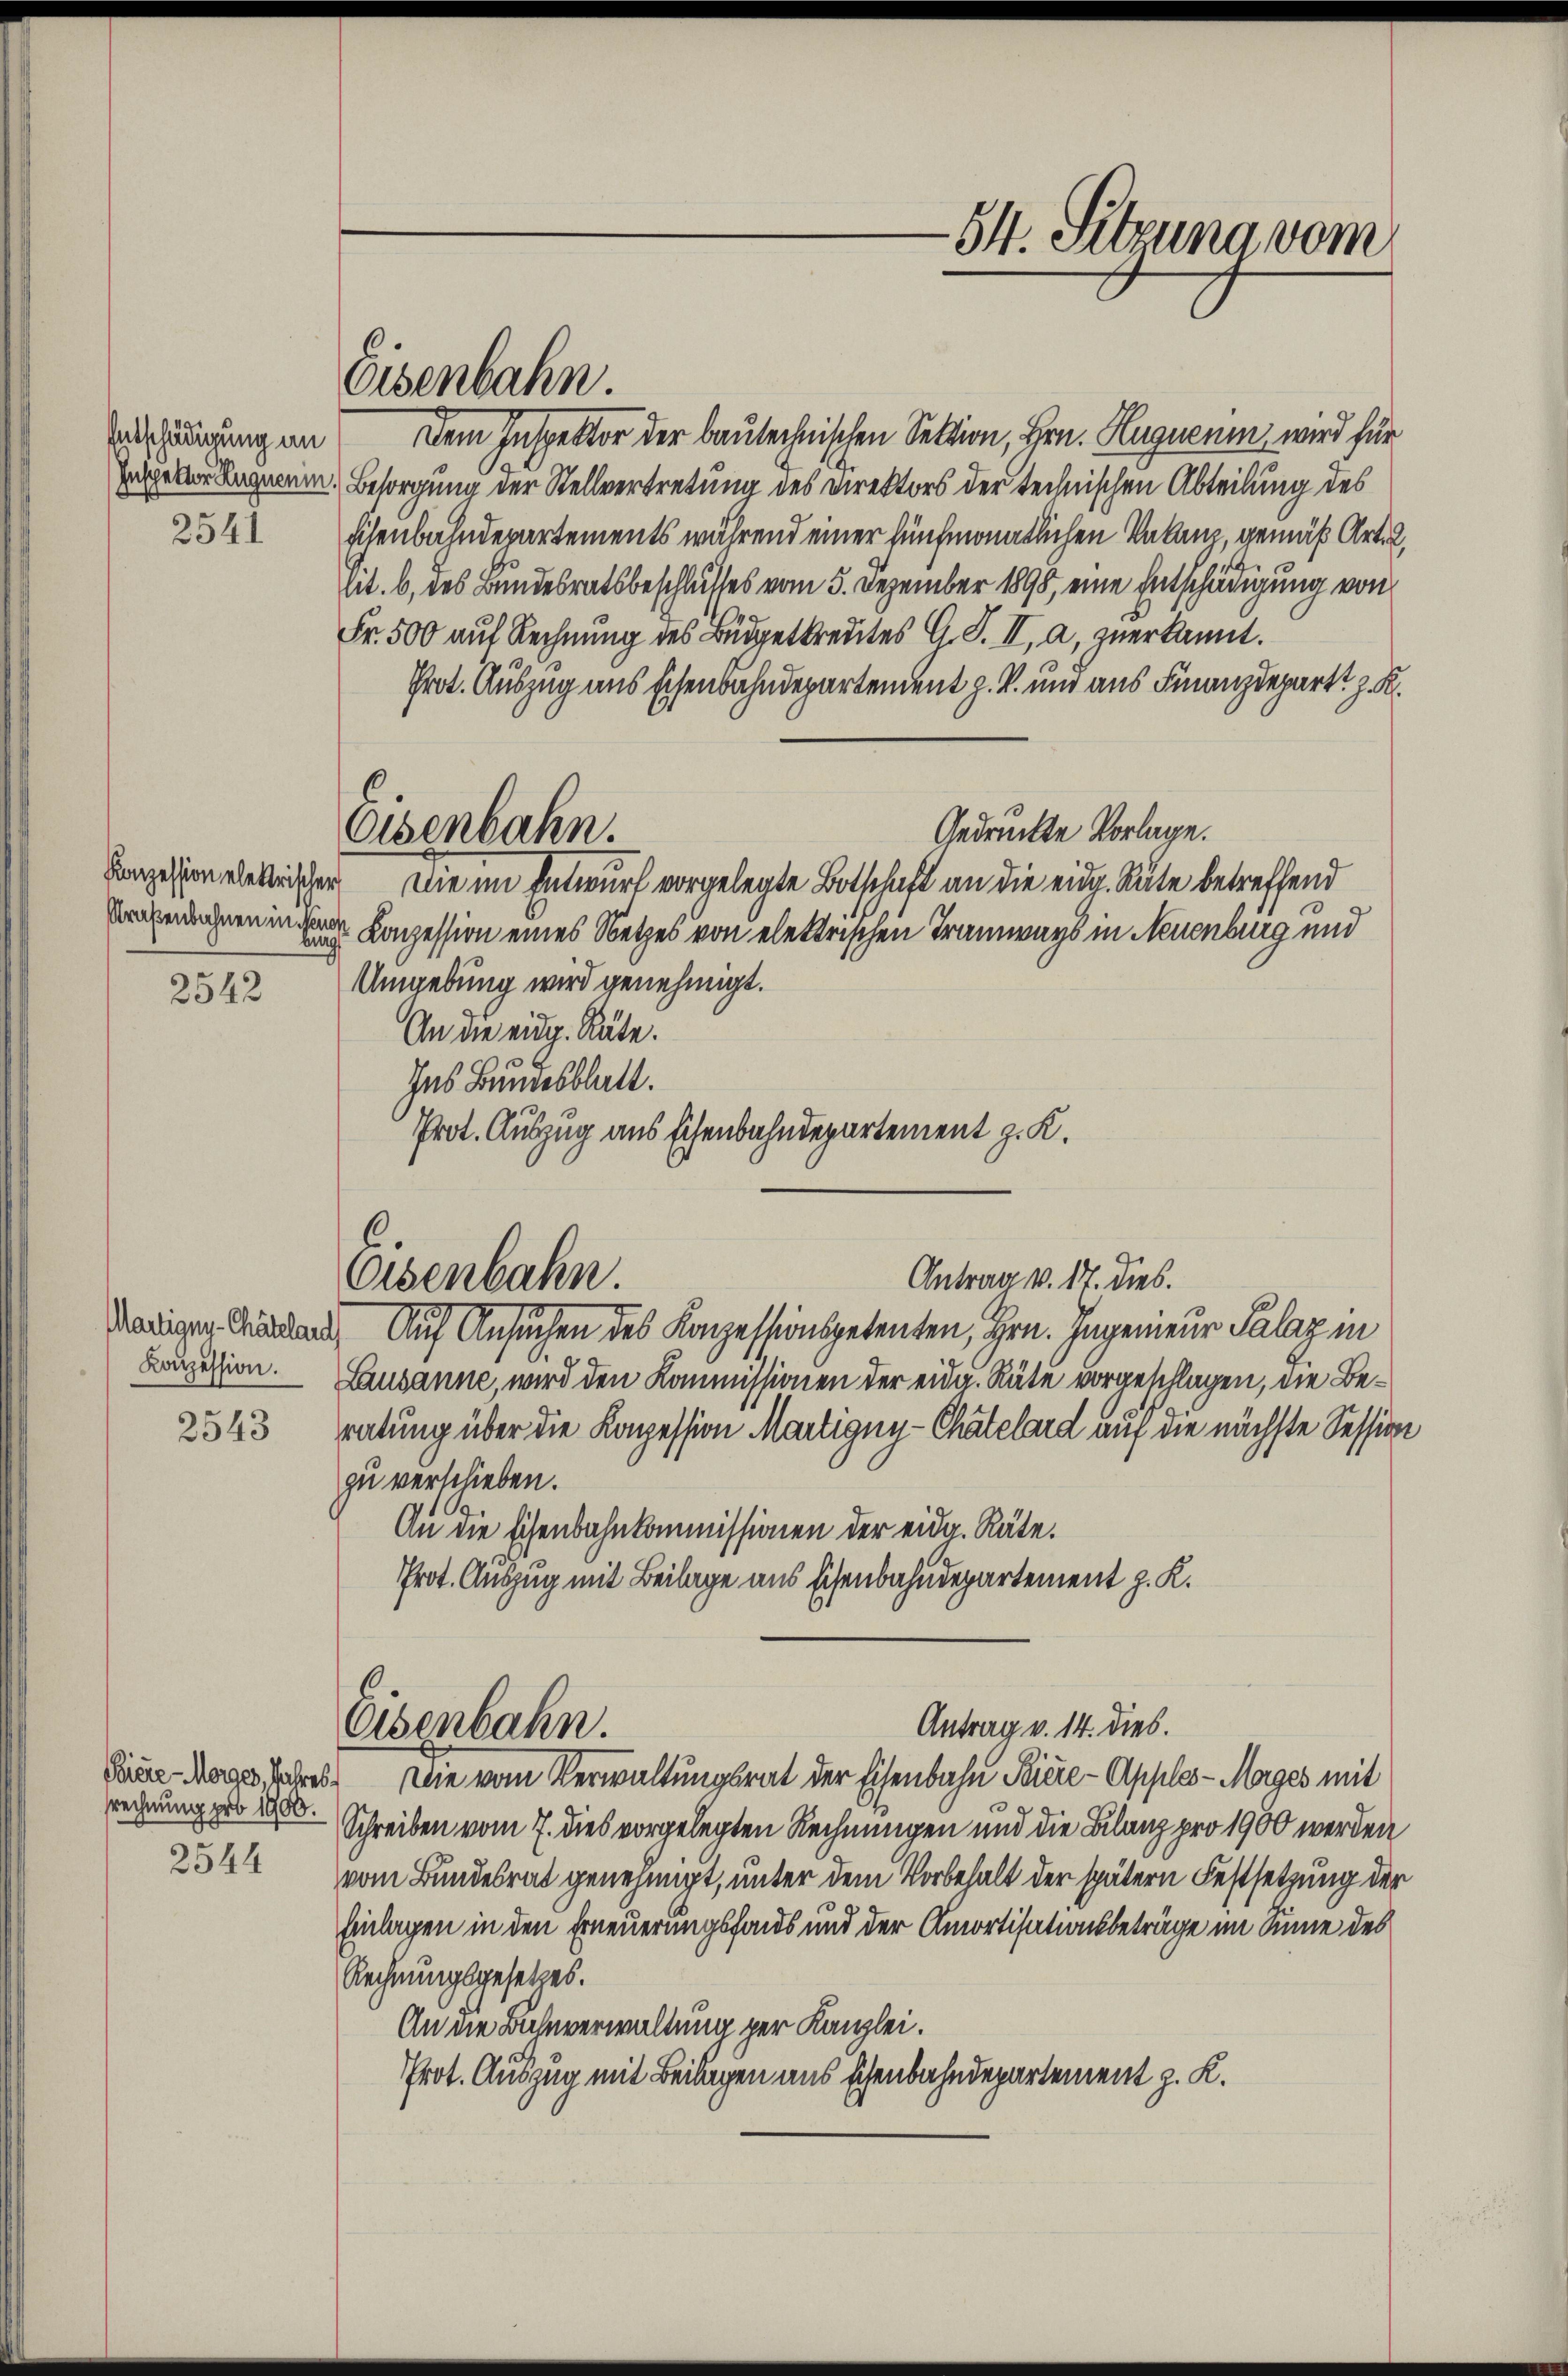
Entschädigung an
2541

Straßenbahnen in Neuen
2542

2543

Biere - Morges, Jahres,
srechnung pro 1900.
2544

Eisenbahn.

Dem Inspektor der bautechnischen Sektion, Hrn. Hugueum wird für
Inseler Regienm Besorgung der Stellvertretung des Direktors der technischen Abteilung des
Eisenbahndepartements während einer fünfmonatlichen Vakanz, gemäß Art. 2,
lit. b, des Bundesratsbeschlusses vom 5. Dezember 1898, eine Entschädigung von
Fr. 500 auf Rechnung des Büdgetkredites G. S. II, a, zuerkannt.
Prot. Auszug aus Eisenbahndepartendent z. B. und aus Finanzdepart z. K.
Gedruckte Vorlage.
Canzession elektrischen Die im Entwurf vorgelegte Botschaft an die eidg. Räte betreffend
Conzession eines Netzes von elektrischen Tramways in Neuenburg und
bung
Umgebung wird genehmigt.
An die eidg. Räte.
Ins Bundesblatt.
Prot. Auszug aus Eisenbahndepartement z. K.

Eisenbahn.

Eisenbahn.
Antrag v. 17. dies.

Martigen Garden. Auf Ansuchen des Konzessionspetenten, Hrn. Ingenieur Palaz in
Laupession. Lausanne, wird den Kommissionen der eidg. Räte vorgeschlagen, die Beratung über die Konzession Martigny-Chatelard auf die nächste Session
zu verschieben.
An die Eisenbahnkommissionen der eidg. Räte.
Prot. Auszug mit Beilage aus Eisenbahndepartement z. K.

Eisenbahn.

54. Sitzung vom

Antrag v. 14. dies.

Die vom Verwaltungsrat der Eisenbahn Piere-Apples-Mages mit
Schreiben vom 7. dies vorgelegten Rechnungen und die Bilanz pro 1900 werden
vom Bundesrat genehmigt, unter dem Vorbehalt der spätern Festsetzung der
Einlagen in den Erneuerungsfonds und der Amortisationsbeträge im Sinne des
Rechnungsgesetzes.
An die Bahnverwaltung per Kanzlei.
Prot. Auszug mit Beilagen aus schenbahndepartement z. K.